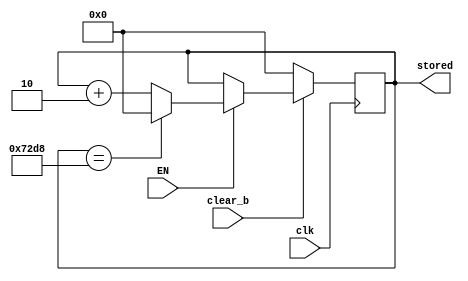
module fifteenbitcounter_lefttype(EN, clk, clear_b, stored);
	 	 
//counts even numbered addresses

    input EN;
    input clk;
    input clear_b;
    
    output [0:14] stored;
	         
    reg [0:14] q;
	 
	 assign stored[0:14] = q[0:14];

	 always @(posedge clk)
		begin
			if (~ clear_b)
				begin
				q <= 15'b000000000000000;
				end
			else if (EN)
				begin
					if (q == 15'b111001011011000)
						begin
						q <= 15'b000000000000000;
						end
					else
						begin
						q <= q + 15'b000000000000010;
						end
				end
		end
		
    

endmodule